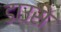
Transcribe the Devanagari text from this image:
डाउसे